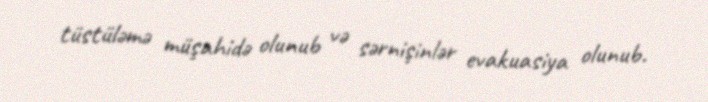
tüstüləmə müşahidə olunub və sərnişinlər evakuasiya olunub.